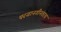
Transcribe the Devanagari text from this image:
परवानगीनंतरच